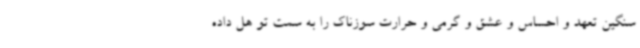
سنگین تعهد و احساس و عشق و گرمی و حرارت سوزناک را به سمت تو هل داده